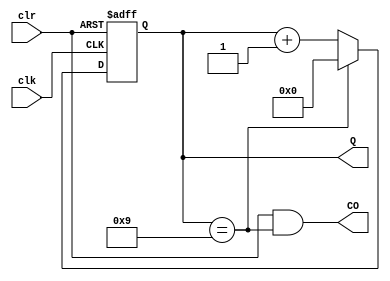
module ly_2257_5_2(clk,clr,Q,CO);//
	input clk,clr;//clkclr
	output reg [3:0] Q;//
	output CO;///
	
	always@ (posedge clk,negedge clr)
		if(~clr)//clr
			Q <= 4'd0;
		else
			begin
				if(Q == 4'd9)
					Q <= 4'd0;
				else
					Q <= Q+4'd1;
			end
		assign CO = (clr & Q == 4'd9);
		//Q9CO1
endmodule